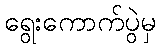
ရွေးကောက်ပွဲမှ